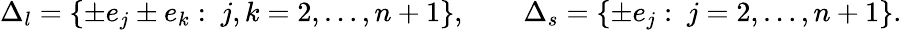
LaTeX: \Delta_{l}=\{ \pm e_{j}\pm e_{k}:\ j,k=2,\ldots,n+1\} ,\qquad\Delta_{s}=\{ \pm e_{j}:\ j=2,\ldots,n+1\} .